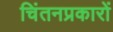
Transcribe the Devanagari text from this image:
चिंतनप्रकारों